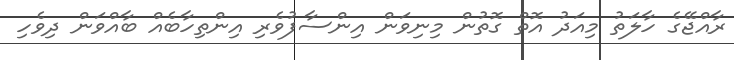
ރާއްޖޭގެ ހާލަތު މިއަދު އޮތް ގޮތުން މިނިވަން އިންސާފުވެރި އިންތިހާބެއް ބާއްވަން ދިވެހި